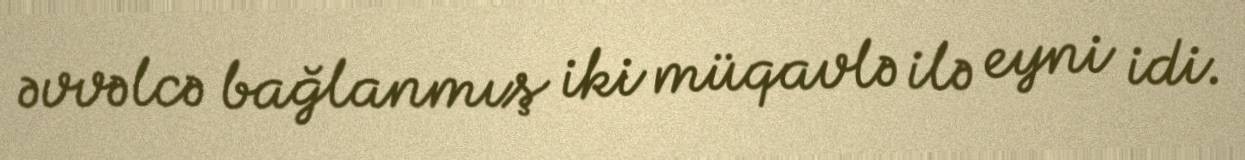
əvvəlcə bağlanmış iki müqavlə ilə eyni idi.